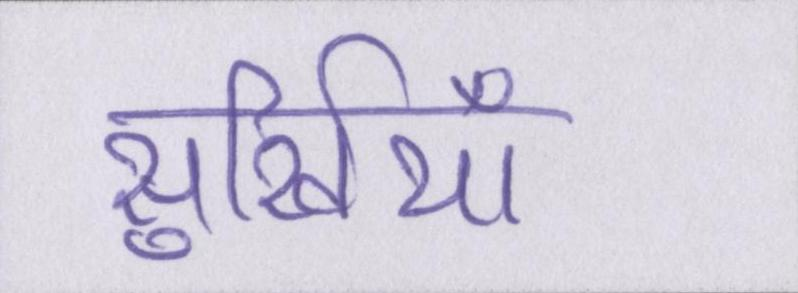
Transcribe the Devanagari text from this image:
सुर्खियाँ